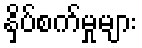
နှိပ်စက်မှုများ